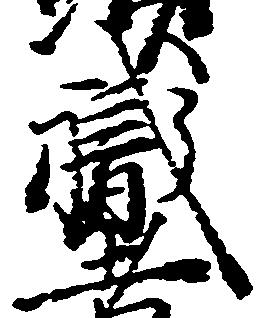
職